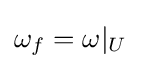
\omega _{f}=\omega |_{U}